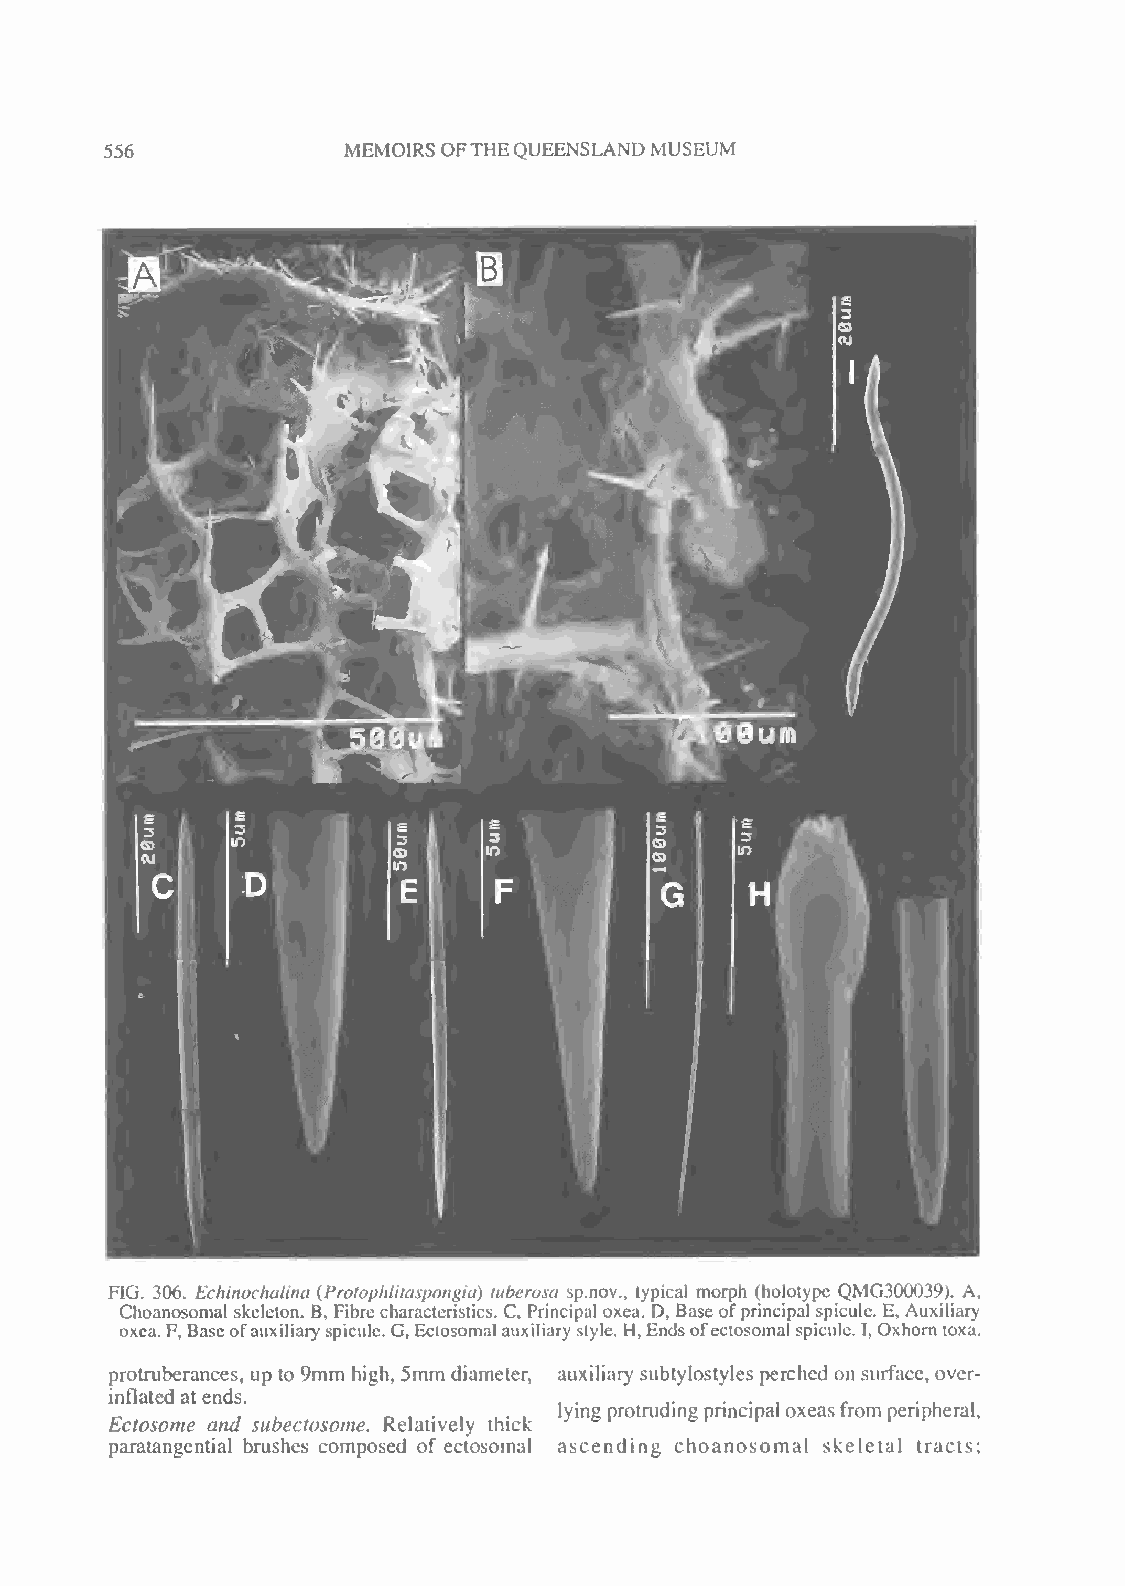
556             MEMOIRS OFTHEQUEENSLAND MUSEUM
 FIG. 306. Echinochalina (Protophlitaspongia) tuberosa sp.nov., typical morph (holotype QMG300039). A,
 Choanosomal skeleton. B, Fibre characteristics. C, Principal oxea. D, Base ofprincipal spicule. E, Auxiliary
 oxea.F,Baseofauxiliary spicule. G, Ectosomal auxiliary style, H, Endsofectosomal spicule. I, Oxhorn toxa.
 protruberances, up to 9mm high, 5mm diameter, auxiliary subtylostyles perched on surface, over-
 ...          ...
 inflated at ends. .......     ,lyi.ng protrud,. ing principal oxease from peripheral,
 Ectosome and, subectosome. Relatively thick
 paratangential brushes composed of ectosomal ascending choanosomal skeletal tracts;